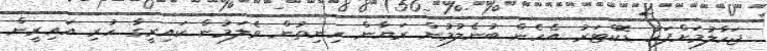
ޖަހާލުމަށްފަހު ޑޮކްޓަރު އެހެން ބުނެލުމުން ރަޔާން ހިނިތުން ވެލަމުން ކައިރީގާ ހުރި އައިރީން